Civil Veterinary Department. Madras. Admin. report 1926-33 - 1926-1933
Year: 1926
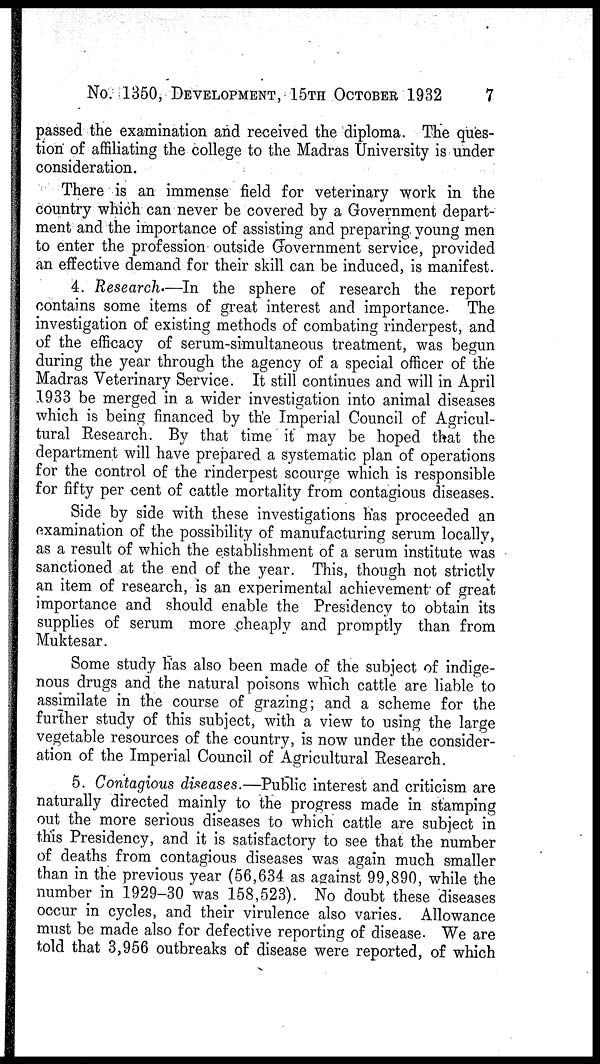
No. 1350, DEVELOPMENT, 15TH OCTOBER 1932 7
passed the examination and received the diploma. The ques-
tion of affiliating the college to the Madras University is under
consideration.
There is an immense field for veterinary work in the
country which can never be covered by a Government depart-
ment and the importance of assisting and preparing young men
to enter the profession outside Government service, provided
an effective demand for their skill can be induced, is manifest.
4. Research.—In the sphere of research the report
contains some items of great interest and importance. The
investigation of existing methods of combating rinderpest, and
of the efficacy of serum-simultaneous treatment, was begun
during the year through the agency of a special officer of the
Madras Veterinary Service. It still continues and will in April
1933 be merged in a wider investigation into animal diseases
which is being financed by the Imperial Council of Agricul-
tural Research. By that time it may be hoped that the
department will have prepared a systematic plan of operations
for the control of the rinderpest scourge which is responsible
for fifty per cent of cattle mortality from contagious diseases.
Side by side with these investigations has proceeded an
examination of the possibility of manufacturing serum locally,
as a result of which the establishment of a serum institute was
sanctioned at the end of the year. This, though not strictly
an item of research, is an experimental achievement of great
importance and should enable the Presidency to obtain its
supplies of serum more cheaply and promptly than from
Muktesar.
Some study Has also been made of the subject of indige-
nous drugs and the natural poisons which cattle are liable to
assimilate in the course of grazing; and a scheme for the
further study of this subject, with a view to using the large
vegetable resources of the country, is now under the consider-
ation of the Imperial Council of Agricultural Research.
5. Contagious diseases.—Public interest and criticism are
naturally directed mainly to the progress made in stamping
out the more serious diseases to which cattle are subject in
this Presidency, and it is satisfactory to see that the number
of deaths from contagious diseases was again much smaller
than in the previous year (56,634 as against 99,890, while the
number in 1929-30 was 158,523). No doubt these diseases
occur in cycles, and their virulence also varies. Allowance
must be made also for defective reporting of disease. We are
told that 3,956 outbreaks of disease were reported, of which